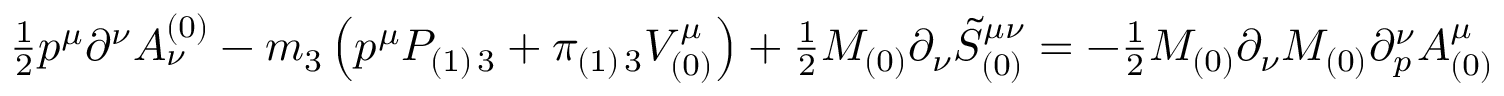
{ \textstyle { \frac { 1 } { 2 } } } p ^ { \mu } \partial ^ { \nu } { \cal A } _ { \nu } ^ { ( 0 ) } - m _ { 3 } \left( p ^ { \mu } { \cal P } _ { ( 1 ) \, 3 } + \pi _ { ( 1 ) \, 3 } { \cal V } _ { ( 0 ) } ^ { \mu } \right) + { \textstyle { \frac { 1 } { 2 } } } M _ { ( 0 ) } \partial _ { \nu } { \tilde { \cal S } } _ { ( 0 ) } ^ { \mu \nu } = - { \textstyle { \frac { 1 } { 2 } } } M _ { ( 0 ) } \partial _ { \nu } M _ { ( 0 ) } \partial _ { p } ^ { \nu } { \cal A } _ { ( 0 ) } ^ { \mu }